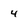
Character: 4